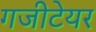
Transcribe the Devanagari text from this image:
गजीटेयर